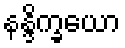
နန္ဒိက္ခယော